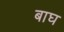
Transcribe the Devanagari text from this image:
बाघ्‍ा